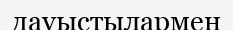
дауыстылармен